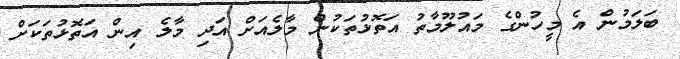
ބަލަމުން އެ މީހުންގެ މައުލޫމާތު އަތޮޅުތަކުން މާލެއަށް އަދި މާލެ އިން އަތޮޅުތަކަށް